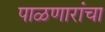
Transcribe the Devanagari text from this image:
पाळणारांचा